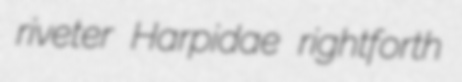
riveter Harpidae rightforth